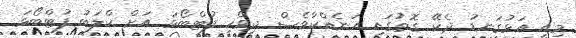
މިއީ އަޅުގަނޑު ދެކޭ ގޮތުގައި އަނެއްކާވެސް ދިވެހި ފުޓްބޯޅަ އަށް ކްލަބު ފުޓްބޯޅަ